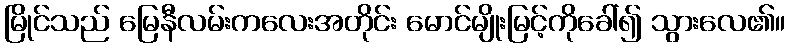
မြိုင်သည် မြေနီလမ်းကလေးအတိုင်း မောင်မျိုးမြင့်ကိုခေါ်၍ သွားလေ၏။